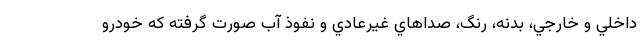
داخلي و خارجي، بدنه، رنگ، صداهاي غيرعادي و نفوذ آب صورت گرفته كه خودرو